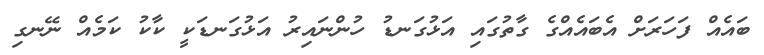
ބައެއް ފަހަރަށް އެބައެއްގެ ގާތުގައި އަޅުގަނޑު ހުންނައިރު އަޅުގަނޑަކީ ކާކު ކަމެއް ނޭނގި